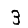
Digit: 3